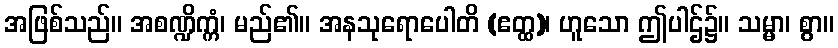
အဖြစ်သည်။ အစဏ္ဍိက္ကံ၊ မည်၏။ အနသုရောပေါတိ (ဧတ္ထ)၊ ဟူသော ဤပါဌ်၌။ သမ္မာ၊ စွာ။